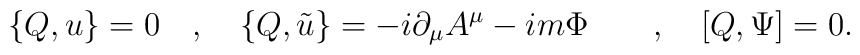
\{Q,u\}=0 \quad , \quad \{Q,\tilde{u}\}= -i \partial_\mu A^\mu-im \Phi \quad \quad , \quad [Q,\Psi]=0.